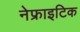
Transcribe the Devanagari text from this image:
नेफ्राइटिक